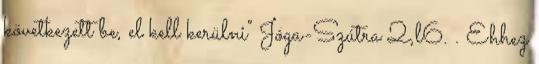
következett be, el kell kerülni" Jóga-Szútra 2,l6. . Ehhez